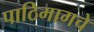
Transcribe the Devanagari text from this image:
पाठिमागचे